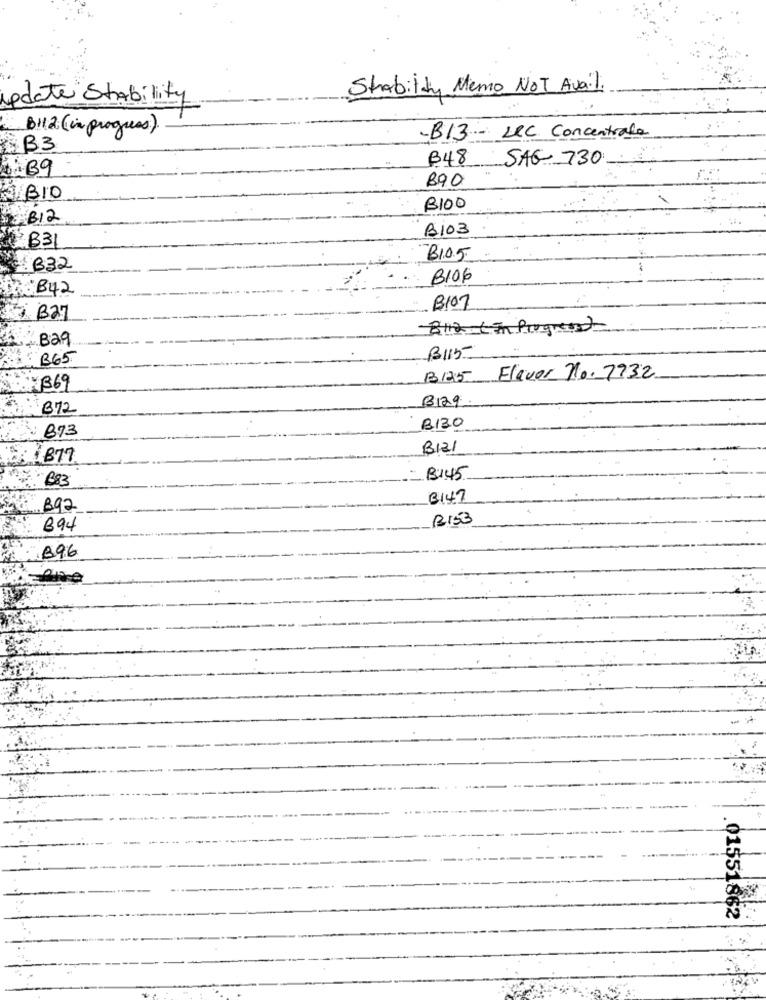
Stability Memo NOT Avail.
update Stability
B112 (in progres)
-B13 - Lec Concentrale
B3
B48 SAG 730
4.39
890
BIO
B100
812
B103
PB31
B1.0.5
B32
8106
B42
8107
B27
Bli2 ( In Progress)
Baq
B115-
: B65
13125 Flavor no. 7932
X1369
B129
B72
873
BIZO
B121
- B83
B145
B149
892
12153
894
.896
.01551862